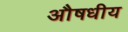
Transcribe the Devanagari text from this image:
अौषधीय